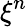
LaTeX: \xi^{n}